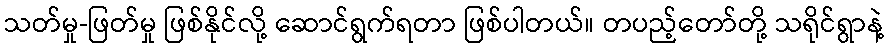
သတ်မှု-ဖြတ်မှု ဖြစ်နိုင်လို့ ဆောင်ရွက်ရတာ ဖြစ်ပါတယ်။ တပည့်တော်တို့ သရိုင်ရွာနဲ့